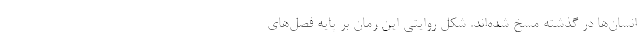
انسان‌ها در گذشته مسخ شده‌اند. شكل روايتي اين رمان بر پايه فصل‌هاي